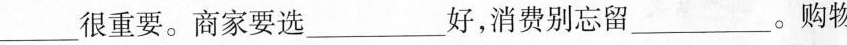
___很重要。商家要选___好，消费别忘留___。购物